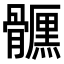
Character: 𩪪